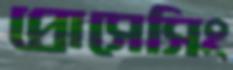
প্রোসেসিং